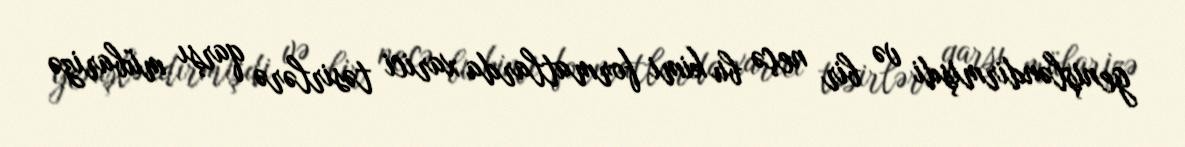
genişləndirmişdi və bir neçə bu kimi formatlarda xarici təsirlərə qarşı mübarizə